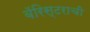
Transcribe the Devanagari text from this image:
बॅरिस्टराची